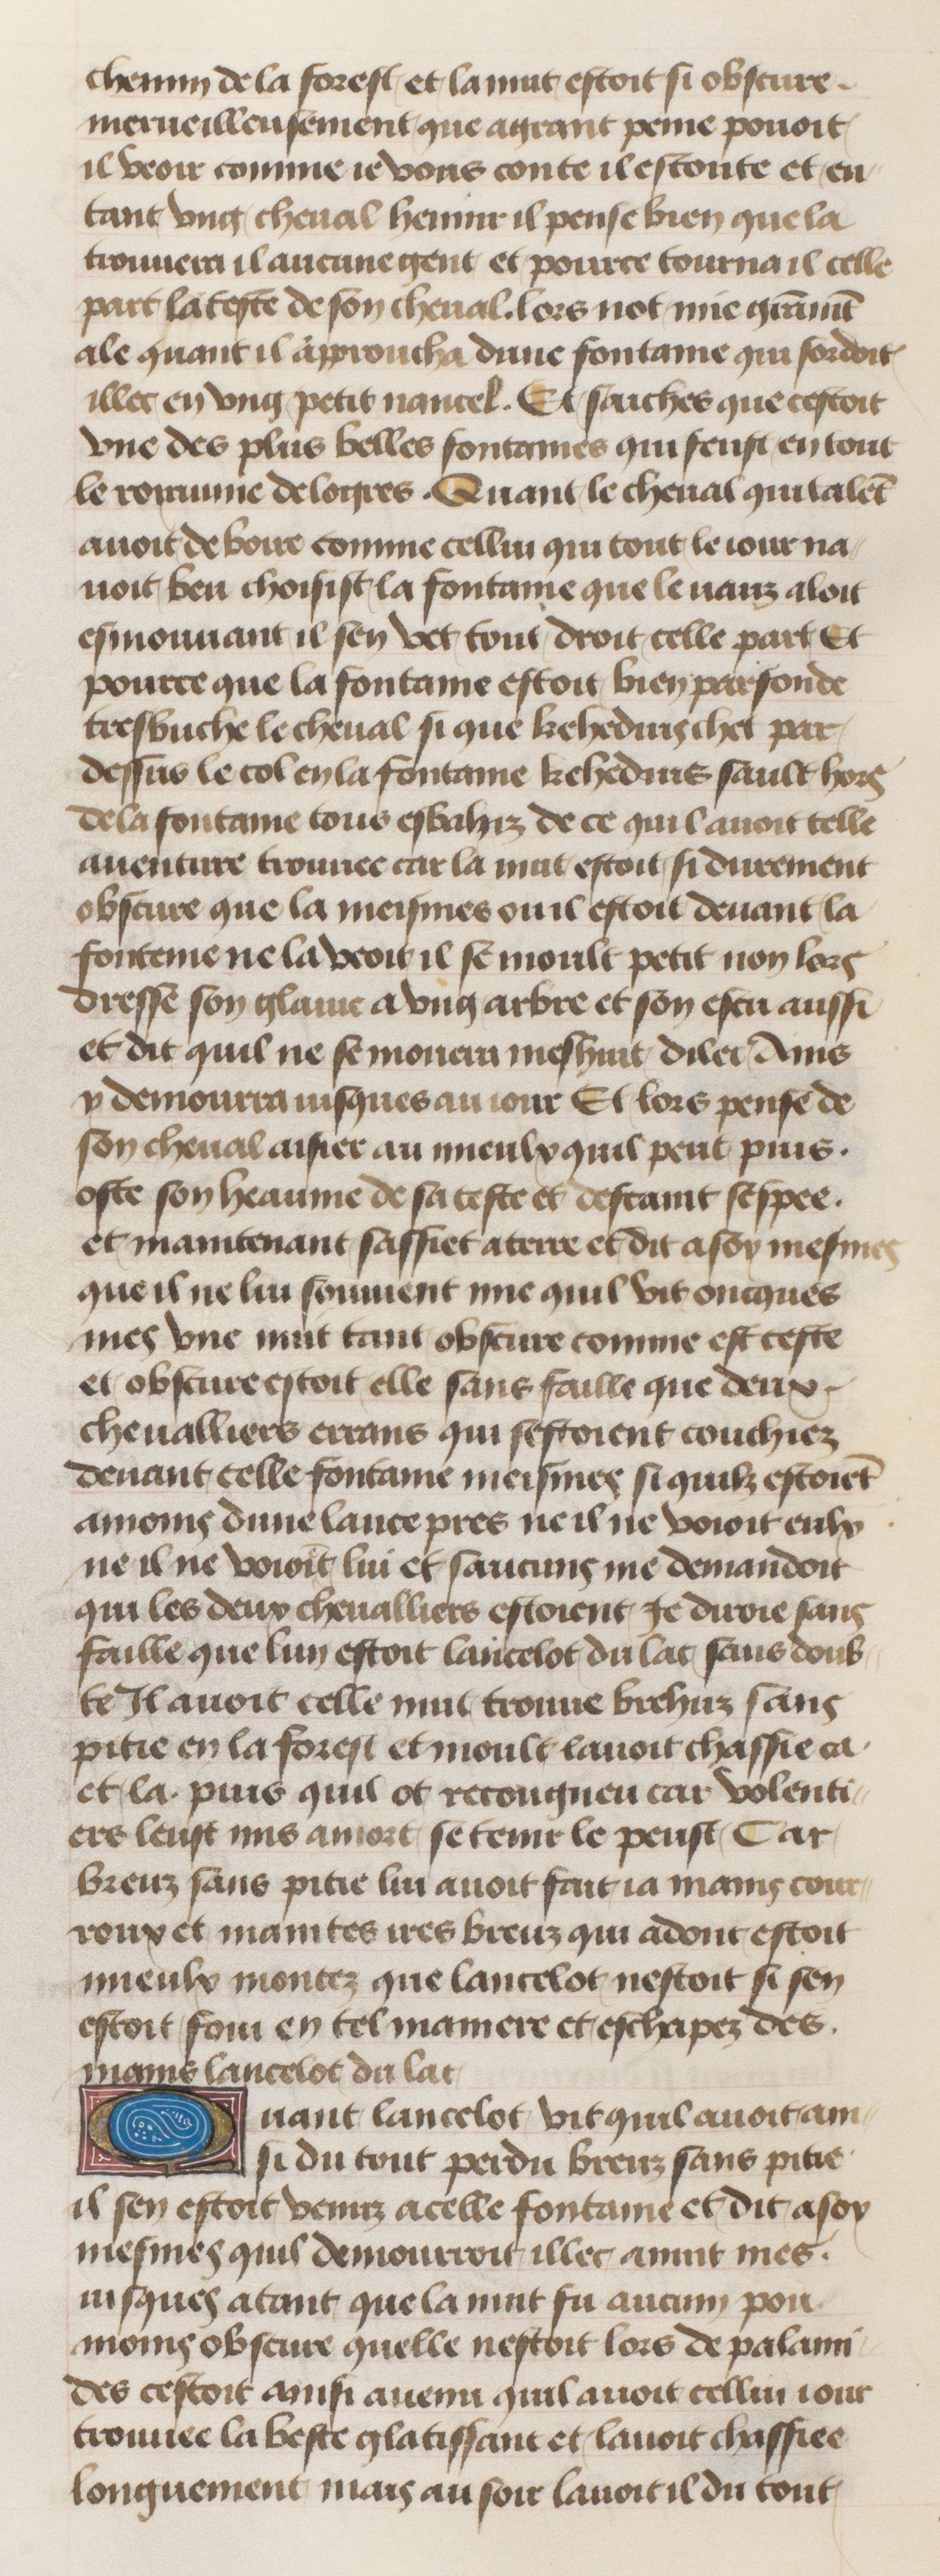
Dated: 1455–1485